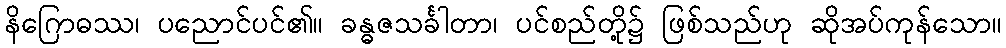
နိဂြောဓဿ၊ ပညောင်ပင်၏။ ခန္ဓဇသင်္ခါတာ၊ ပင်စည်တို့၌ ဖြစ်သည်ဟု ဆိုအပ်ကုန်သော။